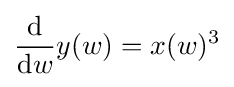
{\frac {\mathrm {d} }{\mathrm {d} w}}y(w)=x(w)^{3}